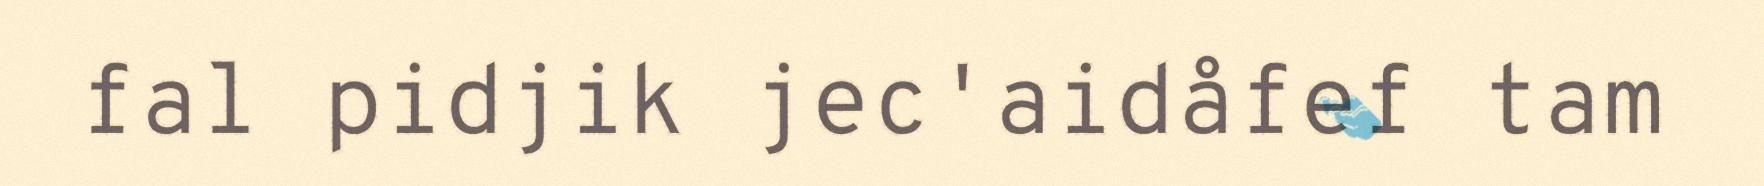
fal pidjik jec'aidåfef tam